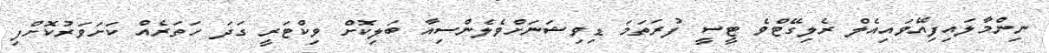
ނިންމާލައިފިއޭވައިއެލް ރެލިގޭޓްވެ ޓީސީ ފުރަތަމަ ޑިވިޝަނަށްވެލެންސިއާ ބަލިކޮށް ވިކްޓަރީ ގަދަ ހަތަރެއް ކަށަވަރުކޮށްފި